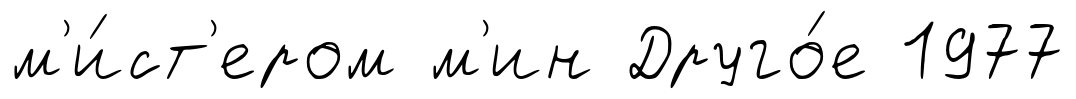
м'и́ст'ером м'ин Друго́е 1977